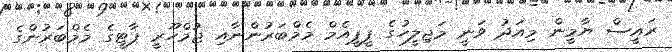
ރައީސް ޔާމީން މިއަދު ވަނީ މަޖިލީހުގެ ޕީޕީއެމް މެމްބަރުންނާއި ޖުމްހޫރީ ޕާޓީގެ މެމްބަރުންގެ